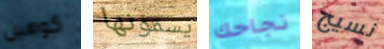
كوهين يسمونها نجاحك نسيج